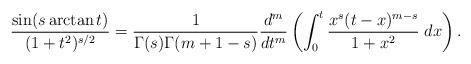
LaTeX: \begin{align*}\frac{\sin(s \arctan t)}{(1+t^2)^{s/2}}=\frac{1}{\Gamma(s)\Gamma(m+1-s)}\frac{d^m}{dt^m}\left(\int_0^t\frac{x^s(t-x)^{m-s} }{1+x^2}\;dx\right).\end{align*}